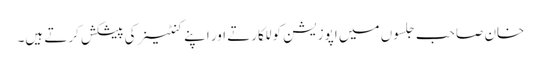
خان صاحب جلسوں میں اپوزیشن کو للکارتے اور اپنے کنٹینر کی پیشکش کرتے ہیں۔